Lunatic asylums United Prov. 1922-30 - 1922-1930
Year: 1922
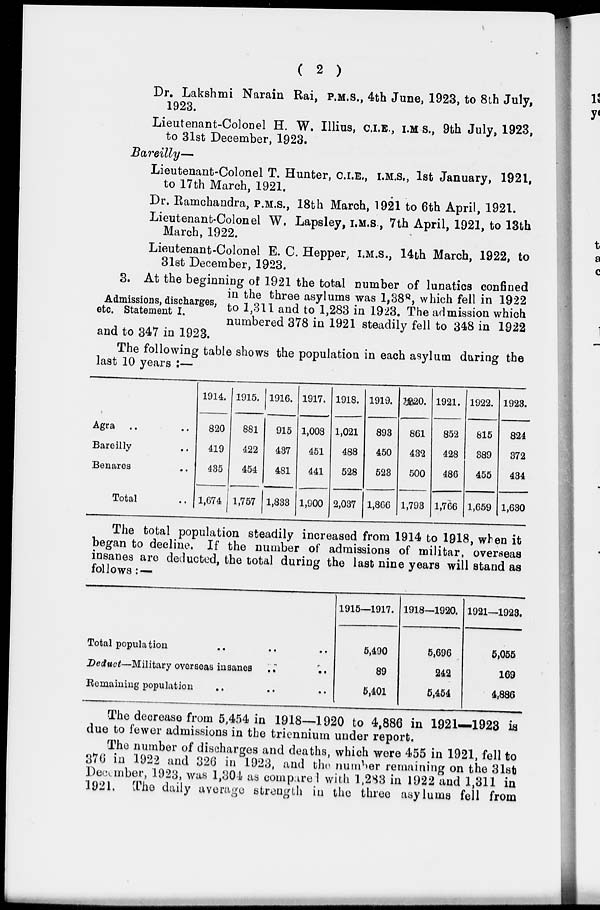
( 2 )
Dr. Lakshmi Narain Rai, P.M.S., 4th June, 1923, to 8th July,
1923.
Lieutenant-Colonel H. W. Illius, C.I.E., I.M S., 9th July, 1923,
to 31st December, 1923.
Bareilly—
Lieutenant-Colonel T. Hunter, C.I.E., I.M.S., 1st January, 1921,
to 17th March, 1921.
Dr. Ramchandra, P.M.S., 18th March, 1921 to 6th April, 1921.
Lieutenant-Colonel W. Lapsley, I.M.S., 7th April, 1921, to 13th
March, 1922.
Lieutenant-Colonel E. C. Hepper, I.M.S., 14th March, 1922, to
31st December, 1923.
Admissions, discharges,
etc. Statement I.
3. At the beginning of 1921 the total number of lunatics confined
in the three asylums was 1,388, which fell in 1922
to 1,311 and to 1,283 in 1923. The admission which
numbered 378 in 1921 steadily fell to 348 in 1922
and to 347 in 1923.
The following table shows the population in each asylum during the
last 10 years :—
Agra .. ..
Bareilly ..
Benares ..
Total ..
1914.
820
419
435
1,674
1915.
881
422
454
1,757
1916.
915
437
481
1,833
1917.
1,008
451
441
1,900
1918.
1,021
488
528
2,037
1919.
893
450
523
1,866
1920.
861
432
500
1,793
1921.
852
428
486
1,766
1922.
815
389
455
1,659
1923.
824
372
434
1,630
The total population steadily increased from 1914 to 1918, when it
began to decline. If the number of admissions of militar, overseas
insanes are deducted, the total during the last nine years will stand as
follows : —
Total population .. .. ..
Deduct—Military overseas insanes
..
..
Remaining population .. .. ..
1915—1917.
5,490
89
5,401
1918—1920.
5,696
242
5,454
1921—1923.
5,055
169
4,886
The decrease from 5,454 in 1918—1920 to 4,886 in 1921—1923 is
due to fewer admissions in the triennium under report.
The number of discharges and deaths, which were 455 in 1921, fell to
370 in 1922 and 326 in 1923, and the number remaining on the 31st
December, 1923, was 1,304 as compared with 1,283 in 1922 and 1,311 in
1921. The daily average strength in the three asylums fell from